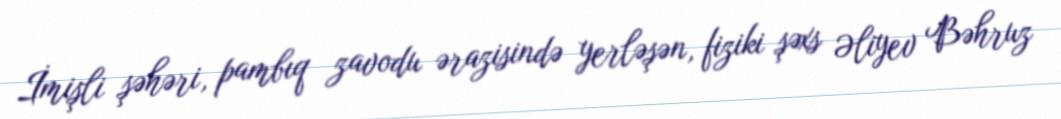
İmişli şəhəri, pambıq zavodu ərazisində yerləşən, fiziki şəxs Əliyev Bəhruz